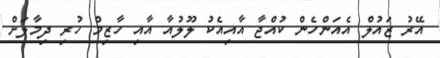
އޭރު ޒައުލް އެއަންހެން ކުއްޖާ އާއިއެކު ލޫލުއާ އާއި ހާޒިމް ހުރި ދިމާލަށް